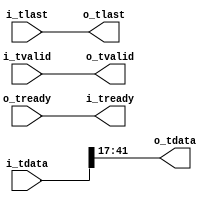
//
// Copyright Ettus Research, 2014
// Copyright 2014 Ettus Research, a National Instruments Company
//
// SPDX-License-Identifier: LGPL-3.0-or-later
//
// no logic, just wires

module axi_bit_reduce
  #(parameter WIDTH_IN=48,
    parameter WIDTH_OUT=25,
    parameter DROP_TOP=6,
    parameter VECTOR_WIDTH=1)   // vector_width = 2 for complex, 1 for real
   (input [VECTOR_WIDTH*WIDTH_IN-1:0] i_tdata, input i_tlast, input i_tvalid, output i_tready,
    output [VECTOR_WIDTH*WIDTH_OUT-1:0] o_tdata, output o_tlast, output o_tvalid, input o_tready);

   genvar 				i;
   generate
      for(i=0; i<VECTOR_WIDTH; i=i+1)
	assign o_tdata[(i+1)*WIDTH_OUT-1:i*WIDTH_OUT] = i_tdata[(i+1)*WIDTH_IN-DROP_TOP-1:i*WIDTH_IN+(WIDTH_IN-WIDTH_OUT)-DROP_TOP];
   endgenerate

   assign o_tlast = i_tlast;
   assign o_tvalid = i_tvalid;
   assign i_tready = o_tready;

endmodule // axi_bit_sel